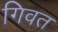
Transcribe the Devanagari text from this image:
गिवत